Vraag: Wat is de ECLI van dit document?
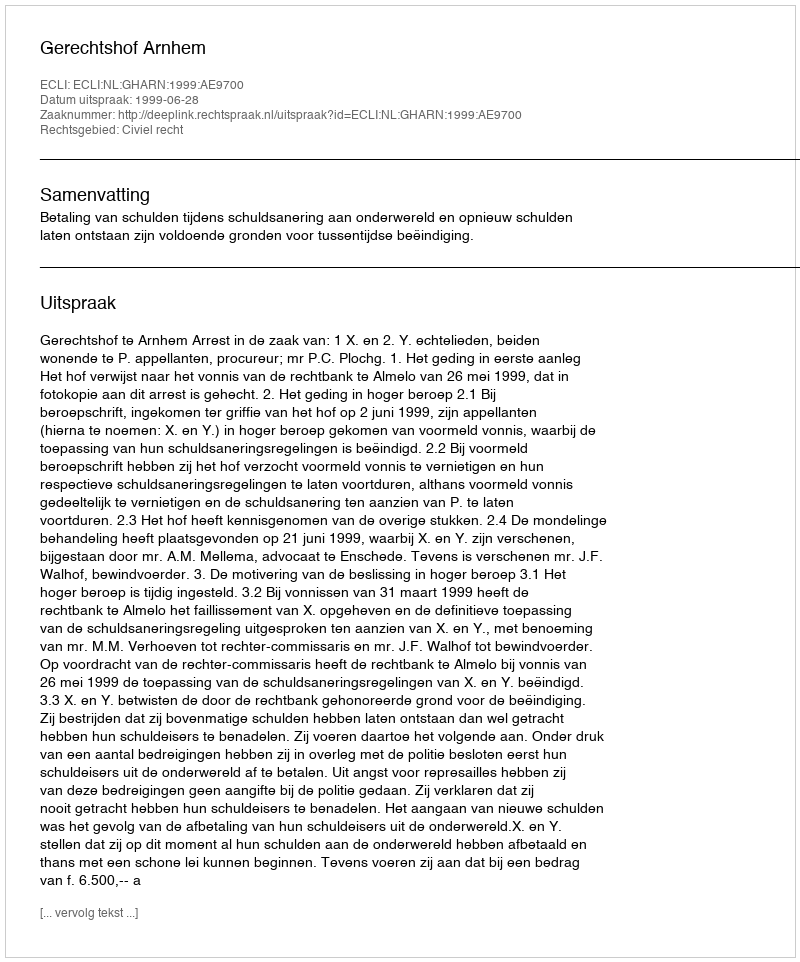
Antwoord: ECLI:NL:GHARN:1999:AE9700